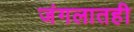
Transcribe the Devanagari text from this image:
जंगलातही